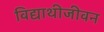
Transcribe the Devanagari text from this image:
विद्याथीजीवन